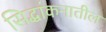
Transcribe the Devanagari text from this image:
सिद्धांकनातील